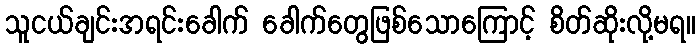
သူငယ်ချင်းအရင်းခေါက် ခေါက်တွေဖြစ်သောကြောင့် စိတ်ဆိုးလို့မရ။